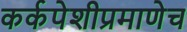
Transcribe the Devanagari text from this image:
कर्कपेशीप्रमाणेच